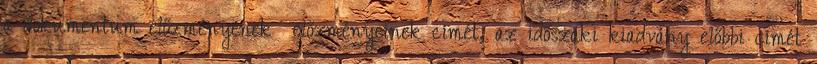
a dokumentum előzményének előzményeinek címét, az időszaki kiadvány előbbi címét